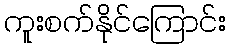
ကူးစက်နိုင်ကြောင်း